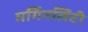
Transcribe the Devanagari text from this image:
मर्गिनलिटी